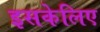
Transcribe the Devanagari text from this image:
इसकेलिए